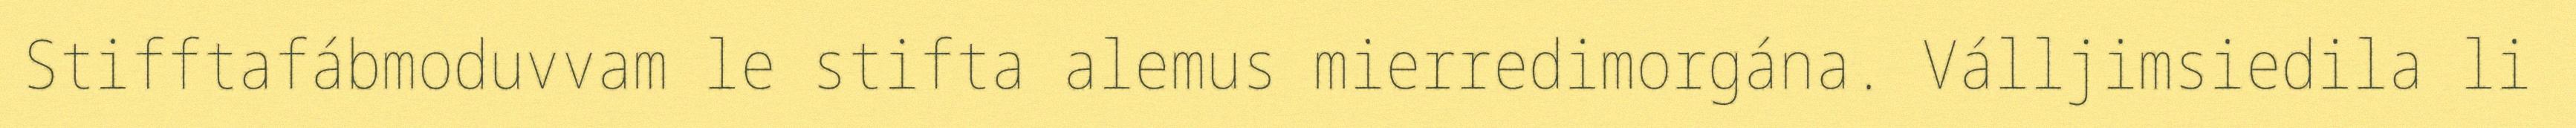
Stifftafábmoduvvam le stifta alemus mierredimorgána. Válljimsiedila li